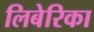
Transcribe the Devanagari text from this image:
लिबेरिका